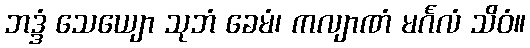
ဘဒ္ဒံ သေယျော သုဘံ ခေမံ၊ ကလျာဏံ မင်္ဂလံ သိဝံ။